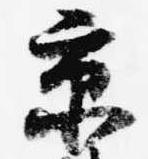
京